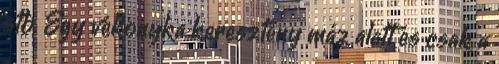
stb. Egy vékonyka keresztény máz alatt és csak a